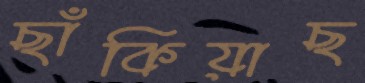
ছাঁকিয়াছ